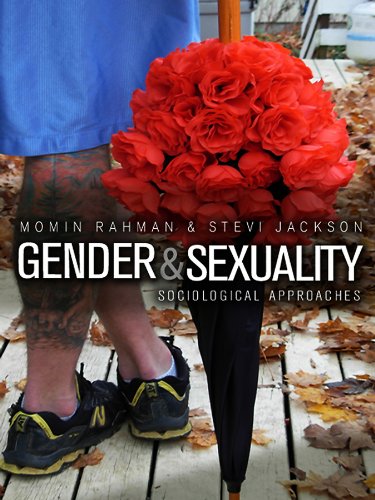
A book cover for Gender and Sexuality; Momin Rahman; Law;